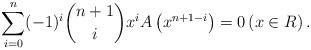
LaTeX: \begin{align*} \sum_{i=0}^{n}(-1)^{i}\binom{n+1}{i}x^{i}A\left(x^{n+1-i}\right)=0 \left(x\in R\right). \end{align*}